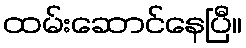
ထမ်းဆောင်နေပြီ။